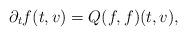
LaTeX: \begin{align*}\partial_t f(t,v) =Q(f, f)(t,v),\end{align*}